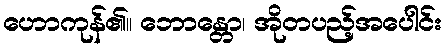
ဟောကုန်၏။ ဘောန္တော၊ အိုတပည့်အပေါင်း